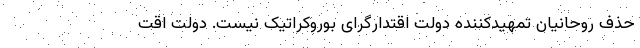
حذف روحانیان تمهیدکننده دولت اقتدارگرای بوروکراتیک نیست. دولت اقت